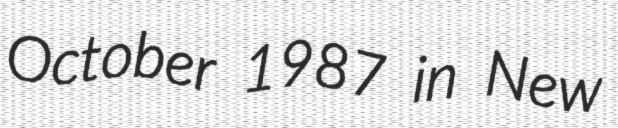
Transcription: October 1987 in New